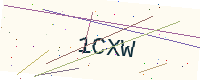
Text: 1CXW